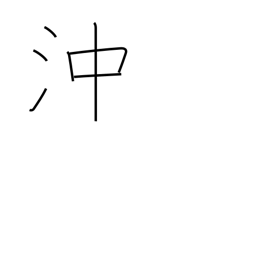
Meaning: offing